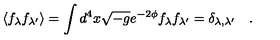
\langle f _ { \lambda } f _ { \lambda ^ { \prime } } \rangle = \int d ^ { 4 } x \sqrt { - g } e ^ { - 2 \phi } f _ { \lambda } f _ { \lambda ^ { \prime } } = \delta _ { \lambda , \lambda ^ { \prime } } \quad .